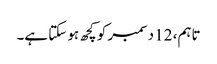
تاہم، 12 دسمبر کو کچھ ہو سکتا ہے۔